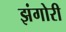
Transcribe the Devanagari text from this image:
झंगोरी